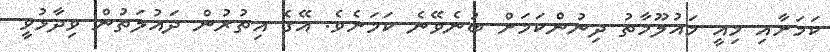
ކަމަށާއި މިއީ މައުލޫމާތު ދިނުންކަމަށް ބުނެވޭނެ ކަމަށެވެ. އޭގެ އިތުރުން ދައުލަތުން ވިދާޅުވީ